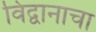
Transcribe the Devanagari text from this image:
विद्वानाचा